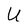
Character: U